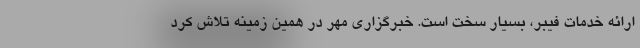
ارائه خدمات فیبر، بسیار سخت است. خبرگزاری مهر در همین زمینه تلاش کرد